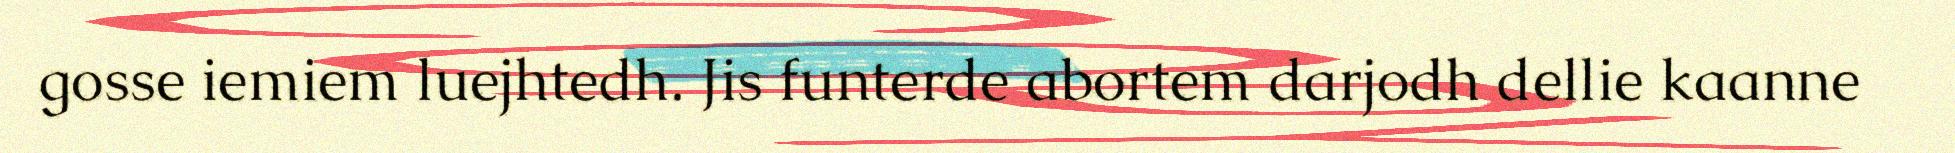
gosse iemiem luejhtedh. Jis funterde abortem darjodh dellie kaanne